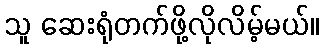
သူ ဆေးရုံတက်ဖို့လိုလိမ့်မယ်။